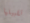
تقبيلها